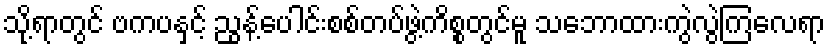
သို့ရာတွင် ဗကပနှင့် ညွန့်ပေါင်းစစ်တပ်ဖွဲ့ကိစ္စတွင်မူ သဘောထားကွဲလွဲကြလေရာ